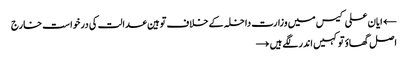
← ایان علی کیس میں وزارت داخلہ کے خلاف توہین عدالت کی درخواست خارج
اصل گھاؤ تو کہیں اندر لگے ہیں →